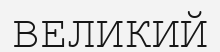
ВЕЛИКИЙ